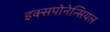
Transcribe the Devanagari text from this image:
इक्सपोनेन्सियल